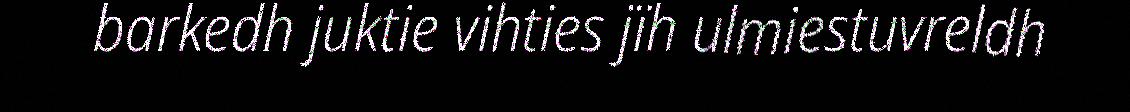
barkedh juktie vihties jïh ulmiestuvreldh